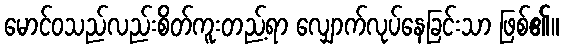
မောင်ဝသည်လည်းစိတ်ကူးတည့်ရာ လျှောက်လုပ်နေခြင်းသာ ဖြစ်၏။